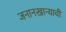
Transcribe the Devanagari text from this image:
जनानखान्याची